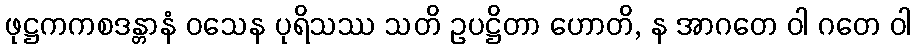
ဖုဋ္ဌကကစဒန္တာနံ ဝသေန ပုရိသဿ သတိ ဥပဋ္ဌိတာ ဟောတိ, န အာဂတေ ဝါ ဂတေ ဝါ